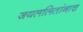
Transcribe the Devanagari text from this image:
जयललितांनाच